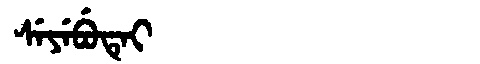
Manchu: ᠰᡝᠶᡝᠪᡠᡨᡝᡳ
Romanization: SEYEBUTEI